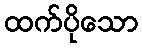
ထက်ပိုသော